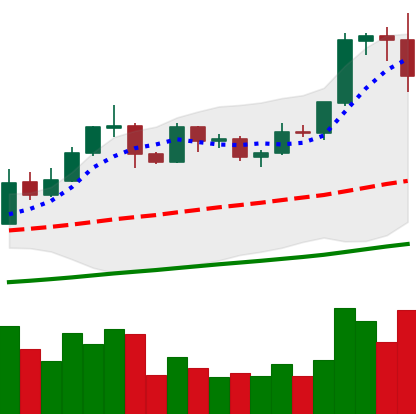
Ticker: EOS-USD
Chart end date: 2019-05-30
Forward return: -14.323%
Label: down_7plus